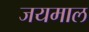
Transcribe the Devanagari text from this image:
जयमाल